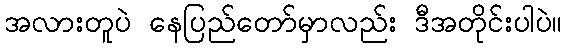
အလားတူပဲ နေပြည်တော်မှာလည်း ဒီအတိုင်းပါပဲ။